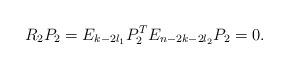
LaTeX: \begin{align*}R_2P_2 =E_{k-2l_1} P_2^T E_{n-2k-2l_2} P_2=0. \end{align*}